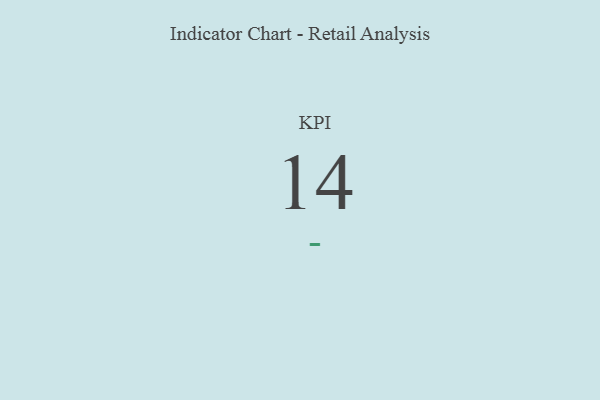
{"axis": {"x": "KPI", "y": "Value"}, "legend": [""], "data": [{"x": "KPI", "y": 14, "type": ""}]}